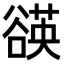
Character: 𧯀